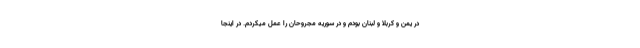
در یمن و کربلا و لبنان بودم و در سوریه مجروحان را عمل میکردم. در اینجا